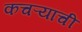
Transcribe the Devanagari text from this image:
कचऱ्यांची